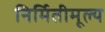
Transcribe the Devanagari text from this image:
निर्मितीमूल्य